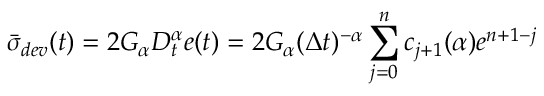
\bar { \sigma } _ { d e v } ( t ) = 2 G _ { \alpha } D _ { t } ^ { \alpha } e ( t ) = 2 G _ { \alpha } ( \Delta t ) ^ { - \alpha } \sum _ { j = 0 } ^ { n } c _ { j + 1 } ( { \alpha } ) e ^ { n + 1 - j }